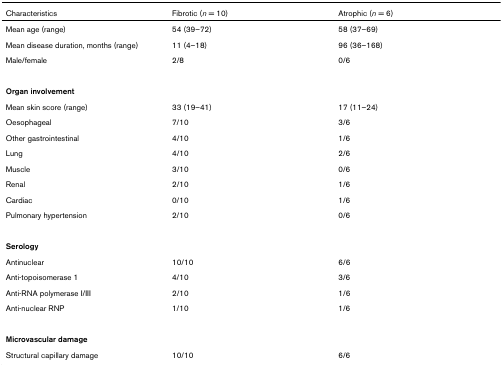
| Characteristics | Fibrotic (n = 10) | Atrophic (n = 6) |
 | --- | --- | --- |
 | Mean age (range) | 54 (39–72) | 58 (37–69) |
 | Mean disease duration, months (range) | 11 (4–18) | 96 (36–168) |
 | Male/female | 2/8 | 0/6 |
 | Organ involvement |  |  |
 | Mean skin score (range) | 33 (19–41) | 17 (11–24) |
 | Oesophageal | 7/10 | 3/6 |
 | Other gastrointestinal | 4/10 | 1/6 |
 | Lung | 4/10 | 2/6 |
 | Muscle | 3/10 | 0/6 |
 | Renal | 2/10 | 1/6 |
 | Cardiac | 0/10 | 1/6 |
 | Pulmonary hypertension | 2/10 | 0/6 |
 | Serology |  |  |
 | Antinuclear | 10/10 | 6/6 |
 | Anti-topoisomerase 1 | 4/10 | 3/6 |
 | Anti-RNA polymerase I/III | 2/10 | 1/6 |
 | Anti-nuclear RNP | 1/10 | 1/6 |
 | Microvascular damage |  |  |
 | Structural capillary damage | 10/10 | 6/6 |